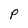
Character: P